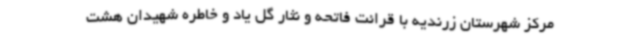
مرکز شهرستان زرندیه با قرائت فاتحه و نثار گل یاد و خاطره شهیدان هشت